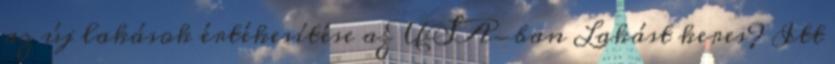
az új lakások értékesítése az USA-ban Lakást keres? Itt